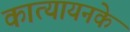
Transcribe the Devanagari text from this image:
कात्यायनके